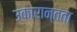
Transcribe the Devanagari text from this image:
उकारान्तता